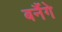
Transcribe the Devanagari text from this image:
बनैंगे